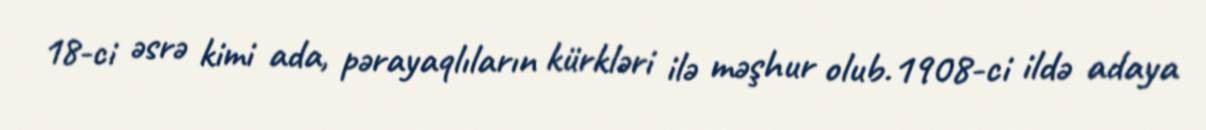
18-ci əsrə kimi ada, pərayaqlıların kürkləri ilə məşhur olub.1908-ci ildə adaya